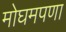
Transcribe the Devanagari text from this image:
मोघमपणा